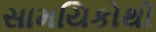
સામયિકોથી